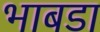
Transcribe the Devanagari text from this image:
भाबडा